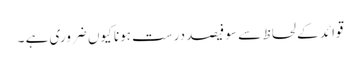
قوائد کے لحاظ سے سو فیصد درست ہونا کیوں ضروری ہے ۔